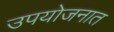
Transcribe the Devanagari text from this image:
उपयोजनात